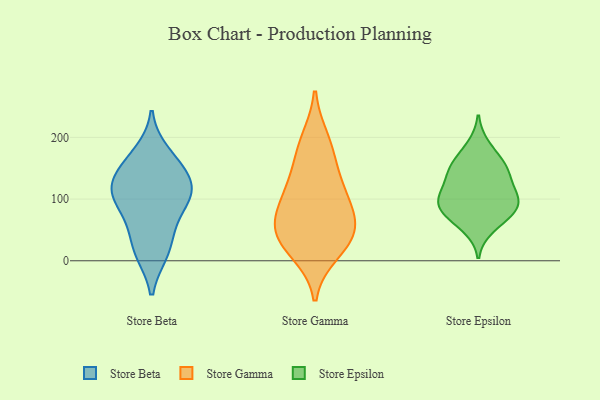
{"axis": {"x": "Churn Rate (%)", "y": "Value"}, "legend": ["Store Beta", "Store Epsilon", "Store Gamma"], "data": [{"x": "", "y": 14, "type": "Store Beta"}, {"x": "", "y": 153, "type": "Store Beta"}, {"x": "", "y": 175, "type": "Store Beta"}, {"x": "", "y": 110, "type": "Store Beta"}, {"x": "", "y": 152, "type": "Store Beta"}, {"x": "", "y": 101, "type": "Store Beta"}, {"x": "", "y": 13, "type": "Store Beta"}, {"x": "", "y": 50, "type": "Store Beta"}, {"x": "", "y": 121, "type": "Store Beta"}, {"x": "", "y": 108, "type": "Store Beta"}, {"x": "", "y": 70, "type": "Store Beta"}, {"x": "", "y": 119, "type": "Store Beta"}, {"x": "", "y": 113, "type": "Store Gamma"}, {"x": "", "y": 42, "type": "Store Gamma"}, {"x": "", "y": 72, "type": "Store Gamma"}, {"x": "", "y": 15, "type": "Store Gamma"}, {"x": "", "y": 42, "type": "Store Gamma"}, {"x": "", "y": 39, "type": "Store Gamma"}, {"x": "", "y": 83, "type": "Store Gamma"}, {"x": "", "y": 195, "type": "Store Gamma"}, {"x": "", "y": 170, "type": "Store Gamma"}, {"x": "", "y": 122, "type": "Store Gamma"}, {"x": "", "y": 79, "type": "Store Epsilon"}, {"x": "", "y": 102, "type": "Store Epsilon"}, {"x": "", "y": 154, "type": "Store Epsilon"}, {"x": "", "y": 53, "type": "Store Epsilon"}, {"x": "", "y": 151, "type": "Store Epsilon"}, {"x": "", "y": 82, "type": "Store Epsilon"}, {"x": "", "y": 128, "type": "Store Epsilon"}, {"x": "", "y": 133, "type": "Store Epsilon"}, {"x": "", "y": 103, "type": "Store Epsilon"}, {"x": "", "y": 70, "type": "Store Epsilon"}, {"x": "", "y": 93, "type": "Store Epsilon"}, {"x": "", "y": 101, "type": "Store Epsilon"}, {"x": "", "y": 159, "type": "Store Epsilon"}, {"x": "", "y": 187, "type": "Store Epsilon"}]}